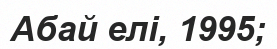
Абай елі, 1995;